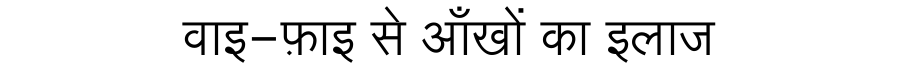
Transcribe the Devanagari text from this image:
वाइ-फ़ाइ से आँखों का इलाज